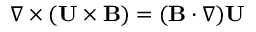
\nabla \times ( { \bf { U } } \times { \bf { B } } ) = ( { \bf { B } } \cdot \nabla ) { \bf { U } }